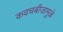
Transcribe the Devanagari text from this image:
कवचबीजामुळे